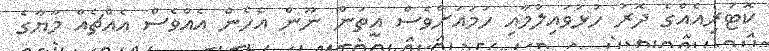
ކޮޓަރިއެއްގެ ދޮރު ހުޅުވައިލުމާއި ހަމައަށްވެސް އީތަން ނޫން އެހެން އެއްވެސް އެއްޗެއް މާޔާގެ